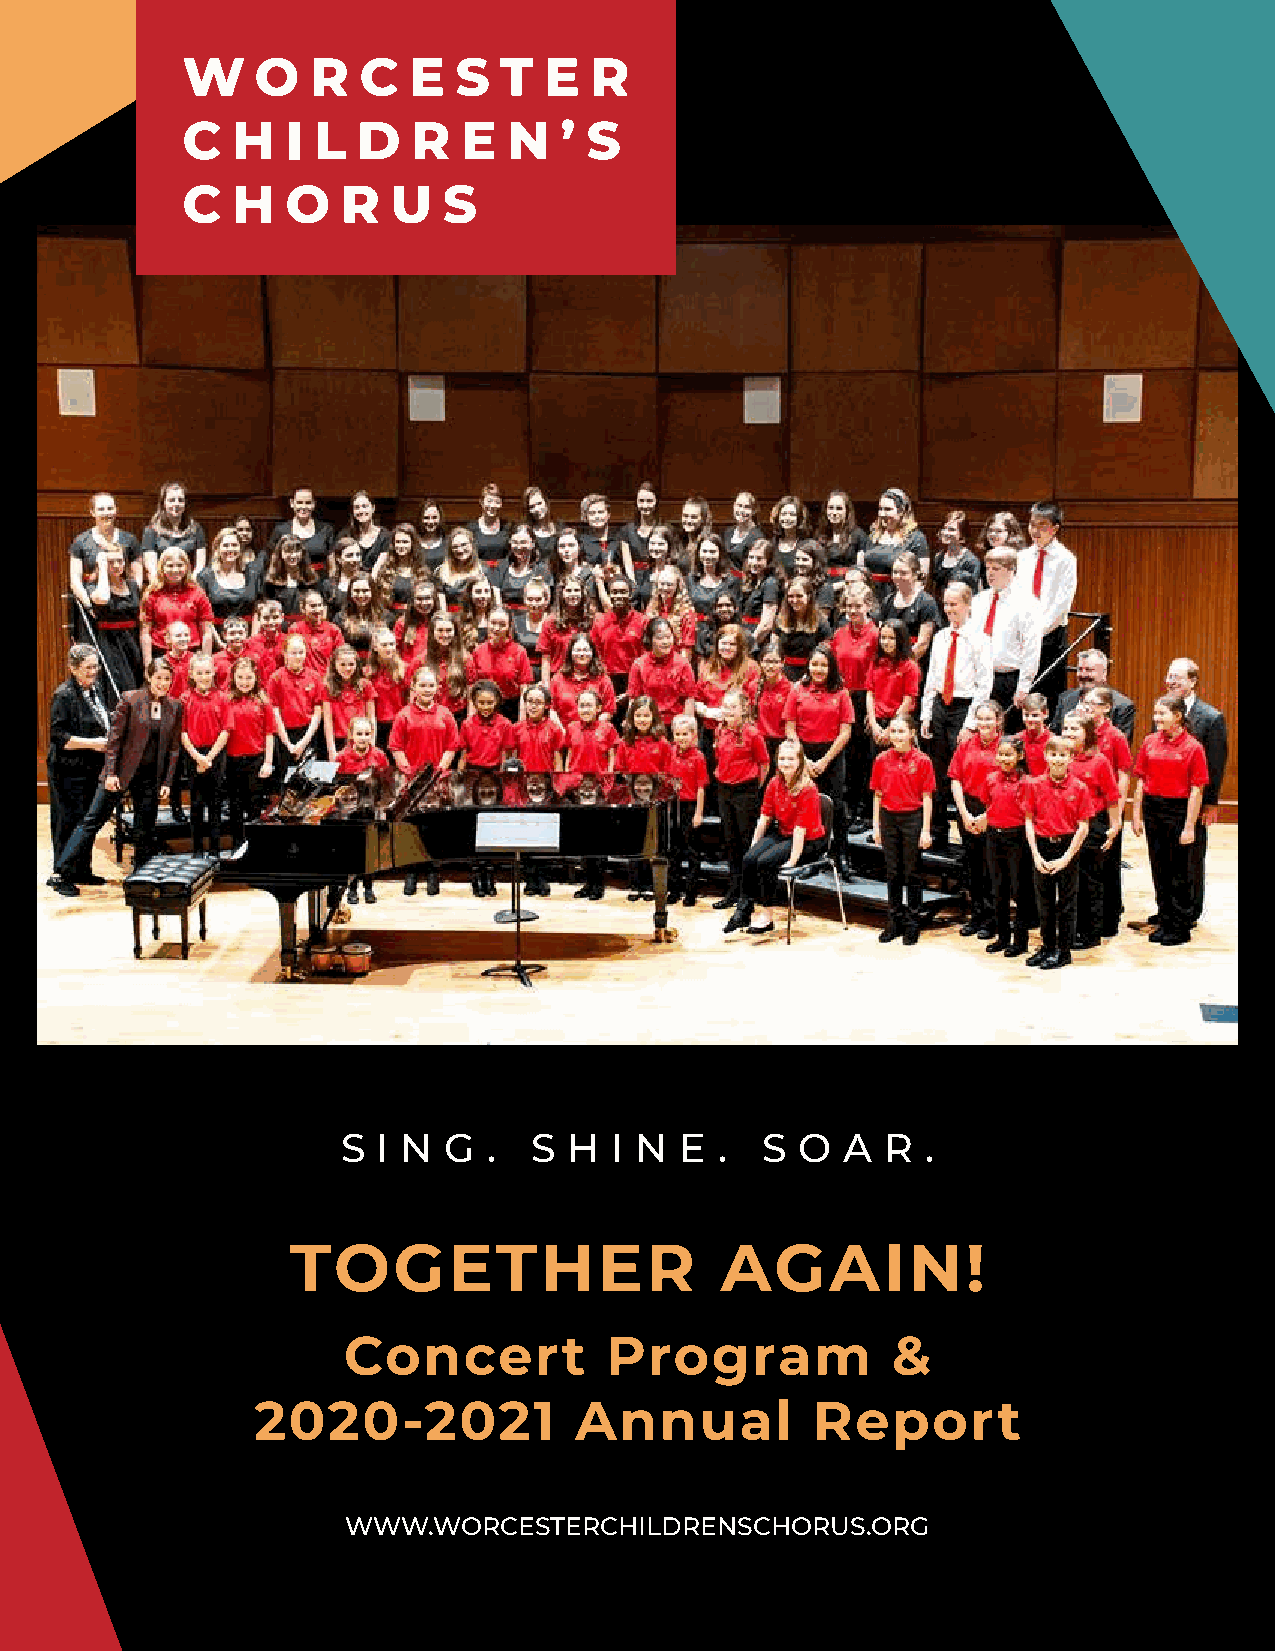
W    O   R  C  E  S  T  E  R
 C  H   I L  D  R   E  N  ’ S
 C  H   O   R  U  S
 S I N G  .  S  H  I N E  . S  O  A  R .
 TOGETHER                     AGAIN!
 Concert          Program            &
 2020-2021            Annual          Report
 WWW.WORCESTERCHILDRENSCHORUS.ORG